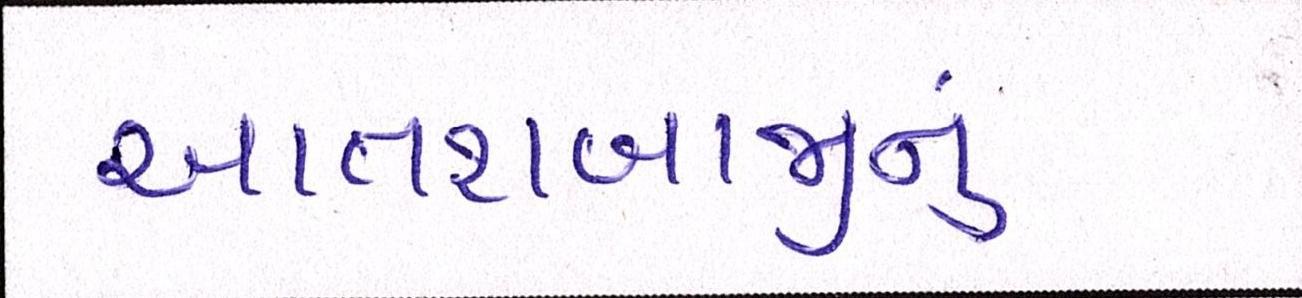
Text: આતશબાજીનું